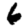
Digit: 6